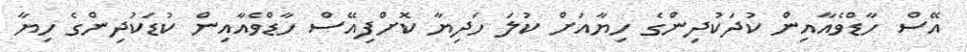
އޭސް ހާޑްވެއާއިން ކުދަކުދިންގެ ހިޔާއަށް ކުލަ ހަދިޔާ ކޮށްފިއޭސް ހާޑްވެއާއިން ކުޑަކުދިންގެ ހިޔާ